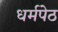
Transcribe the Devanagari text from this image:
धर्मपेठ